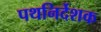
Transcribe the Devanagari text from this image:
पथनिर्देशक